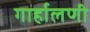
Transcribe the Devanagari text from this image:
गार्हालणी